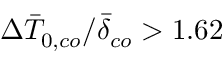
\Delta \bar { T } _ { 0 , c o } / \bar { \delta } _ { c o } > 1 . 6 2